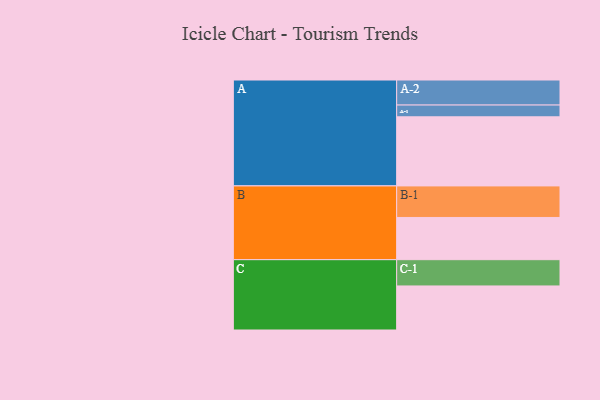
{"axis": {"x": "Segment", "y": "Value"}, "legend": ["", "A", "B", "C"], "data": [{"x": "A", "y": 563, "type": ""}, {"x": "B", "y": 344, "type": ""}, {"x": "C", "y": 359, "type": ""}, {"x": "A-1", "y": 96, "type": "A"}, {"x": "A-2", "y": 204, "type": "A"}, {"x": "B-1", "y": 257, "type": "B"}, {"x": "C-1", "y": 214, "type": "C"}]}